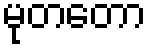
မုတတော